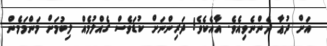
އަށް ދުޢާ ދެންނެވިއެވެ. އާއެކެވެ! ދަރިންނަށް ކުޑަވެސް ގެއްލުމެއް ލިބުމަށް މަންމަމެން